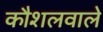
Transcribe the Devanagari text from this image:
कौशलवाले